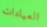
العيادات